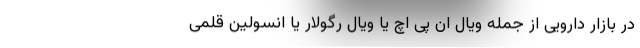
در بازار دارویی از جمله ویال ان پی اچ یا ویال رگولار یا انسولین قلمی